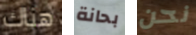
هناك بحانة نحن